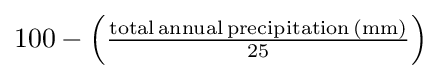
{\textstyle 100-\left({\frac {\mathrm {total\,annual\,precipitation\,(mm)} }{25}}\right)}